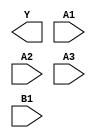
module sky130_fd_sc_ls__a31oi (
    Y ,
    A1,
    A2,
    A3,
    B1
);

    output Y ;
    input  A1;
    input  A2;
    input  A3;
    input  B1;

    // Voltage supply signals
    supply1 VPWR;
    supply0 VGND;
    supply1 VPB ;
    supply0 VNB ;

endmodule